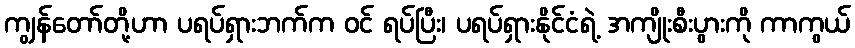
ကျွန်တော်တို့ဟာ ပရပ်ရှားဘက်က ဝင် ရပ်ပြီး၊ ပရပ်ရှားနိုင်ငံရဲ့ အကျိုးစီးပွားကို ကာကွယ်